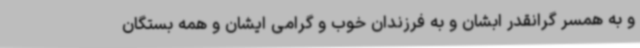
و به همسر گرانقدر ابشان و به فرزندان خوب و گرامی ایشان و همه بستگان